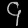
Digit: ၄